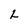
Character: L